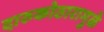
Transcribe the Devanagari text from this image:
दारुकोठारामुळे